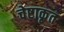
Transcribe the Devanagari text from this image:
चेष्टाकृत